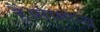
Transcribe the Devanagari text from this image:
हैं।सामान्य